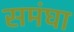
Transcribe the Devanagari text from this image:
समंघा